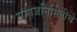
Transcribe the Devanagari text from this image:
समाजनिर्मितीचे